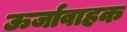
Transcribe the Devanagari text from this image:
ऊर्जावाहक